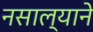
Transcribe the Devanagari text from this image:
नसाल्याने